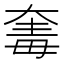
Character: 𣫵